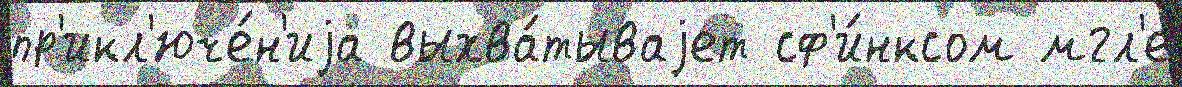
пр'икл'юче́н'иjа выхва́тываjет сф'и́нксом мгл'е